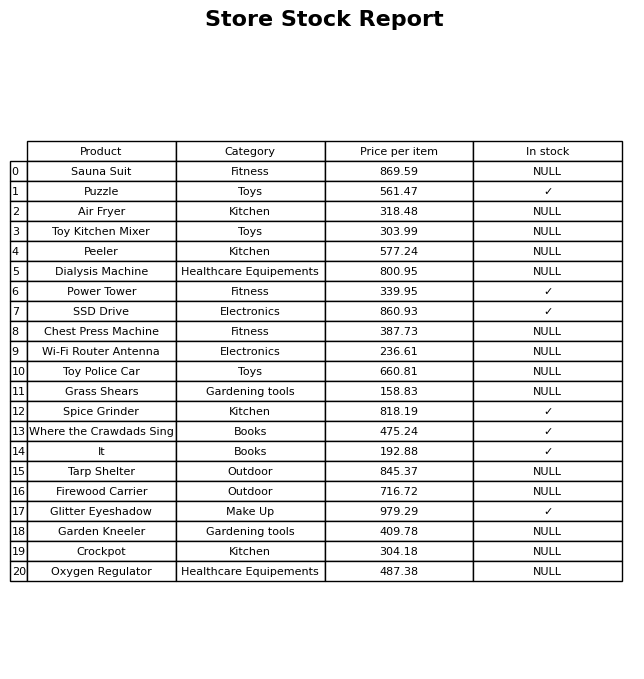
question: Which products are currently out of stock?
answer: Sauna Suit, Air Fryer, Toy Kitchen Mixer, Peeler, Dialysis Machine, Chest Press Machine, Wi-Fi Router Antenna, Toy Police Car, Grass Shears, Tarp Shelter, Firewood Carrier, Garden Kneeler, Crockpot, Oxygen Regulator